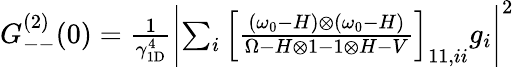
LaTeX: \begin{array}{r}{G_{--}^{(2)}(0)=\frac 1{\gamma_{\mathrm{1D}}^{4}}\left|\sum_{i}\left[\frac{(\omega_{0}-H)\otimes(\omega_{0}-H)}{\Omega-H\otimes 1-1\otimes H-V}\right]_{11,ii}g_{i}\right|^{2}}\end{array}